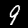
Digit: 9